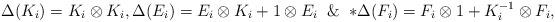
LaTeX: \begin{align*} \Delta(K_i)=K_i\otimes K_i, \Delta(E_i)=E_i\otimes K_i+1\otimes E_i\And* \Delta(F_i)=F_i\otimes1+ K_i^{-1}\otimes F_i, \end{align*}